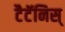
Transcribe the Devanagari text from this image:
टैटॅनिस्